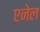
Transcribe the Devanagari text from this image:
एनेल